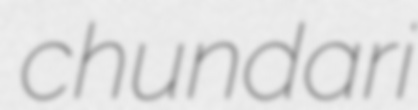
chundari